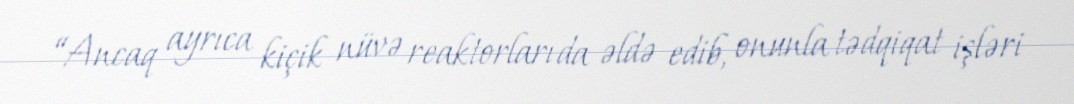
“Ancaq ayrıca kiçik nüvə reaktorları da əldə edib, onunla tədqiqat işləri